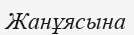
Жанұясына